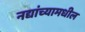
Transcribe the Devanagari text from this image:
नद्यांच्यामधील